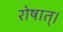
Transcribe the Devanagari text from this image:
रोषात्।